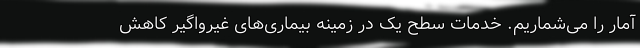
آمار را می‌شماریم. خدمات سطح یک در زمینه بیماری‌های غیرواگیر کاهش